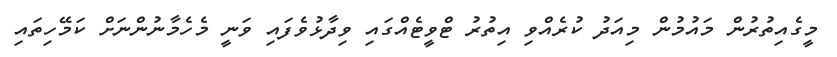
މީގެއިތުރުން މައުމުން މިއަދު ކުރެއްވި އިތުރު ޓްވީޓެއްގައި ވިދާޅުވެފައި ވަނީ މެހެމާނުންނަށް ކަމޭހިތައި